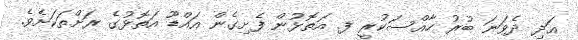
އަދި ދެވަނަ ބުރު ހާއްސަކުރީ ފ. އަތޮޅުން ފެށިގެން އައްޑޫ އަތޮޅުގެ ރަށްތަކަށެވެ.